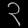
Digit: ၃